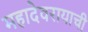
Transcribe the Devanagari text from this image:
महादेवरायाची